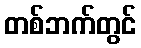
တစ်ဘက်တွင်